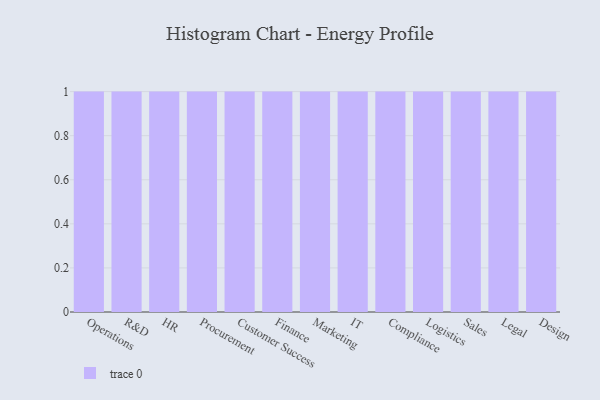
{"axis": {"x": "Department", "y": "Latency (ms)"}, "legend": [""], "data": [{"x": "Operations", "y": 94, "type": ""}, {"x": "R&D", "y": 3, "type": ""}, {"x": "HR", "y": 53, "type": ""}, {"x": "Procurement", "y": 91, "type": ""}, {"x": "Customer Success", "y": 59, "type": ""}, {"x": "Finance", "y": 56, "type": ""}, {"x": "Marketing", "y": 70, "type": ""}, {"x": "IT", "y": 84, "type": ""}, {"x": "Compliance", "y": 40, "type": ""}, {"x": "Logistics", "y": 37, "type": ""}, {"x": "Sales", "y": 30, "type": ""}, {"x": "Legal", "y": 22, "type": ""}, {"x": "Design", "y": 47, "type": ""}]}